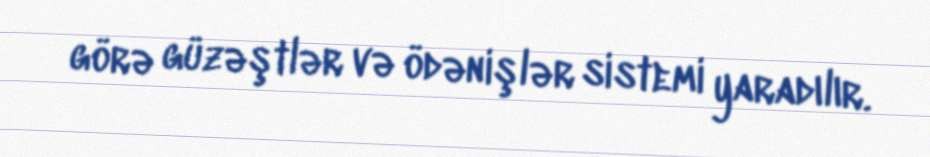
görə güzəştlər və ödənişlər sistemi yaradılır.